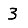
Digit: 3